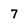
Character: 7